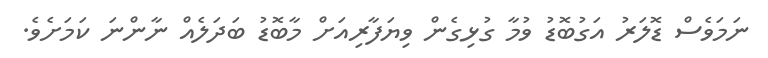
ނަމަވެސް ޑޮލަރު އަގުބޮޑު ވުމާ ގުޅިގެން ވިޔަފާރިއަށް މާބޮޑު ބަދަލެއް ނާންނަ ކަމަށެވެ.